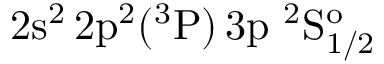
\mathrm { 2 s ^ { 2 } \, 2 p ^ { 2 } ( ^ { 3 } P ) \, 3 p ~ ^ { 2 } S _ { 1 / 2 } ^ { o } }